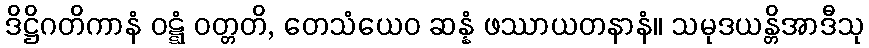
ဒိဋ္ဌိဂတိကာနံ ဝဋ္ဋံ ဝတ္တတိ, တေသံယေဝ ဆန္နံ ဖဿာယတနာနံ။ သမုဒယန္တိအာဒီသု